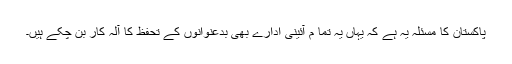
پاکستان کا مسئلہ یہ ہے کہ یہاں یہ تما م آئینی ادارے بھی بدعنوانوں کے تحفظ کا آلہ کار بن چکے ہیں۔